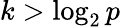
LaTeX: k>\log_{2}p